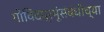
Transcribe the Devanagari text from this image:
गोविंदप्रभूंसंबंधीच्या